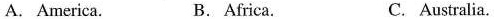
A. America. B. Africa. C. Australia.